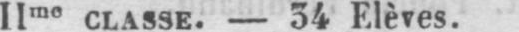
IIme classe. - 34 Elèves.